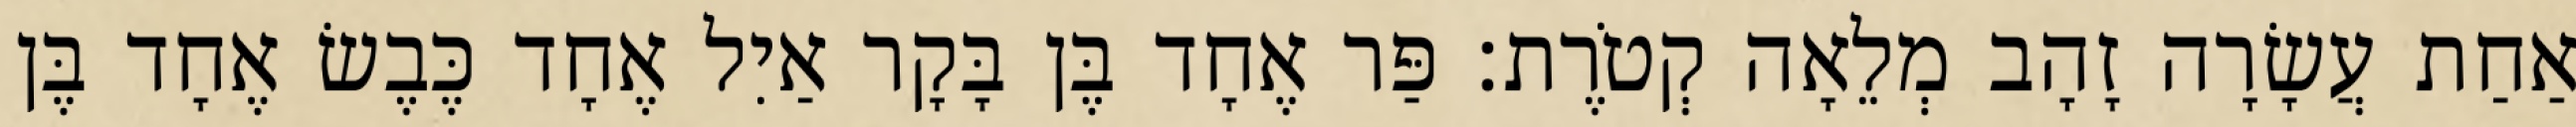
אַחַת עֲשָׂרָה זָהָב מְלֵאָה קְטֹרֶת׃ פַּר אֶחָד בֶּן בָּקָר אַיִל אֶחָד כֶּבֶשׂ אֶחָד בֶּן